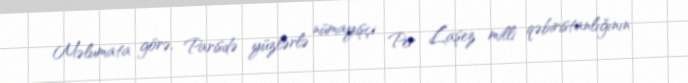
Məlumata görə, Parisdə yüzlərlə nümayişçi Per Laşez milli qəbiristanlığının